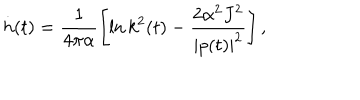
\dot { h } ( t ) = \frac { 1 } { 4 \pi \alpha } \left[ \ln k ^ { 2 } ( t ) - \frac { 2 \alpha ^ { 2 } J ^ { 2 } } { | p ( t ) | ^ { 2 } } \right] ,